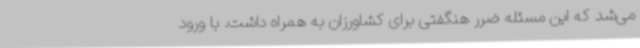
می‌شد که این مسئله ضرر هنگفتی برای کشاورزان به همراه داشت. با ورود